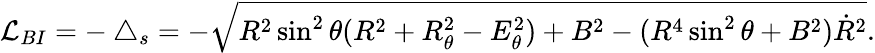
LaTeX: {\cal L}_{BI}=-\bigtriangleup_{s}=-\sqrt{R^{2}\sin^{2}\theta(R^{2}+R_{\theta}^{2}-E_{\theta}^{2})+B^{2}-(R^{4}\sin^{2}\theta+B^{2})\dot{R}^{2}}.